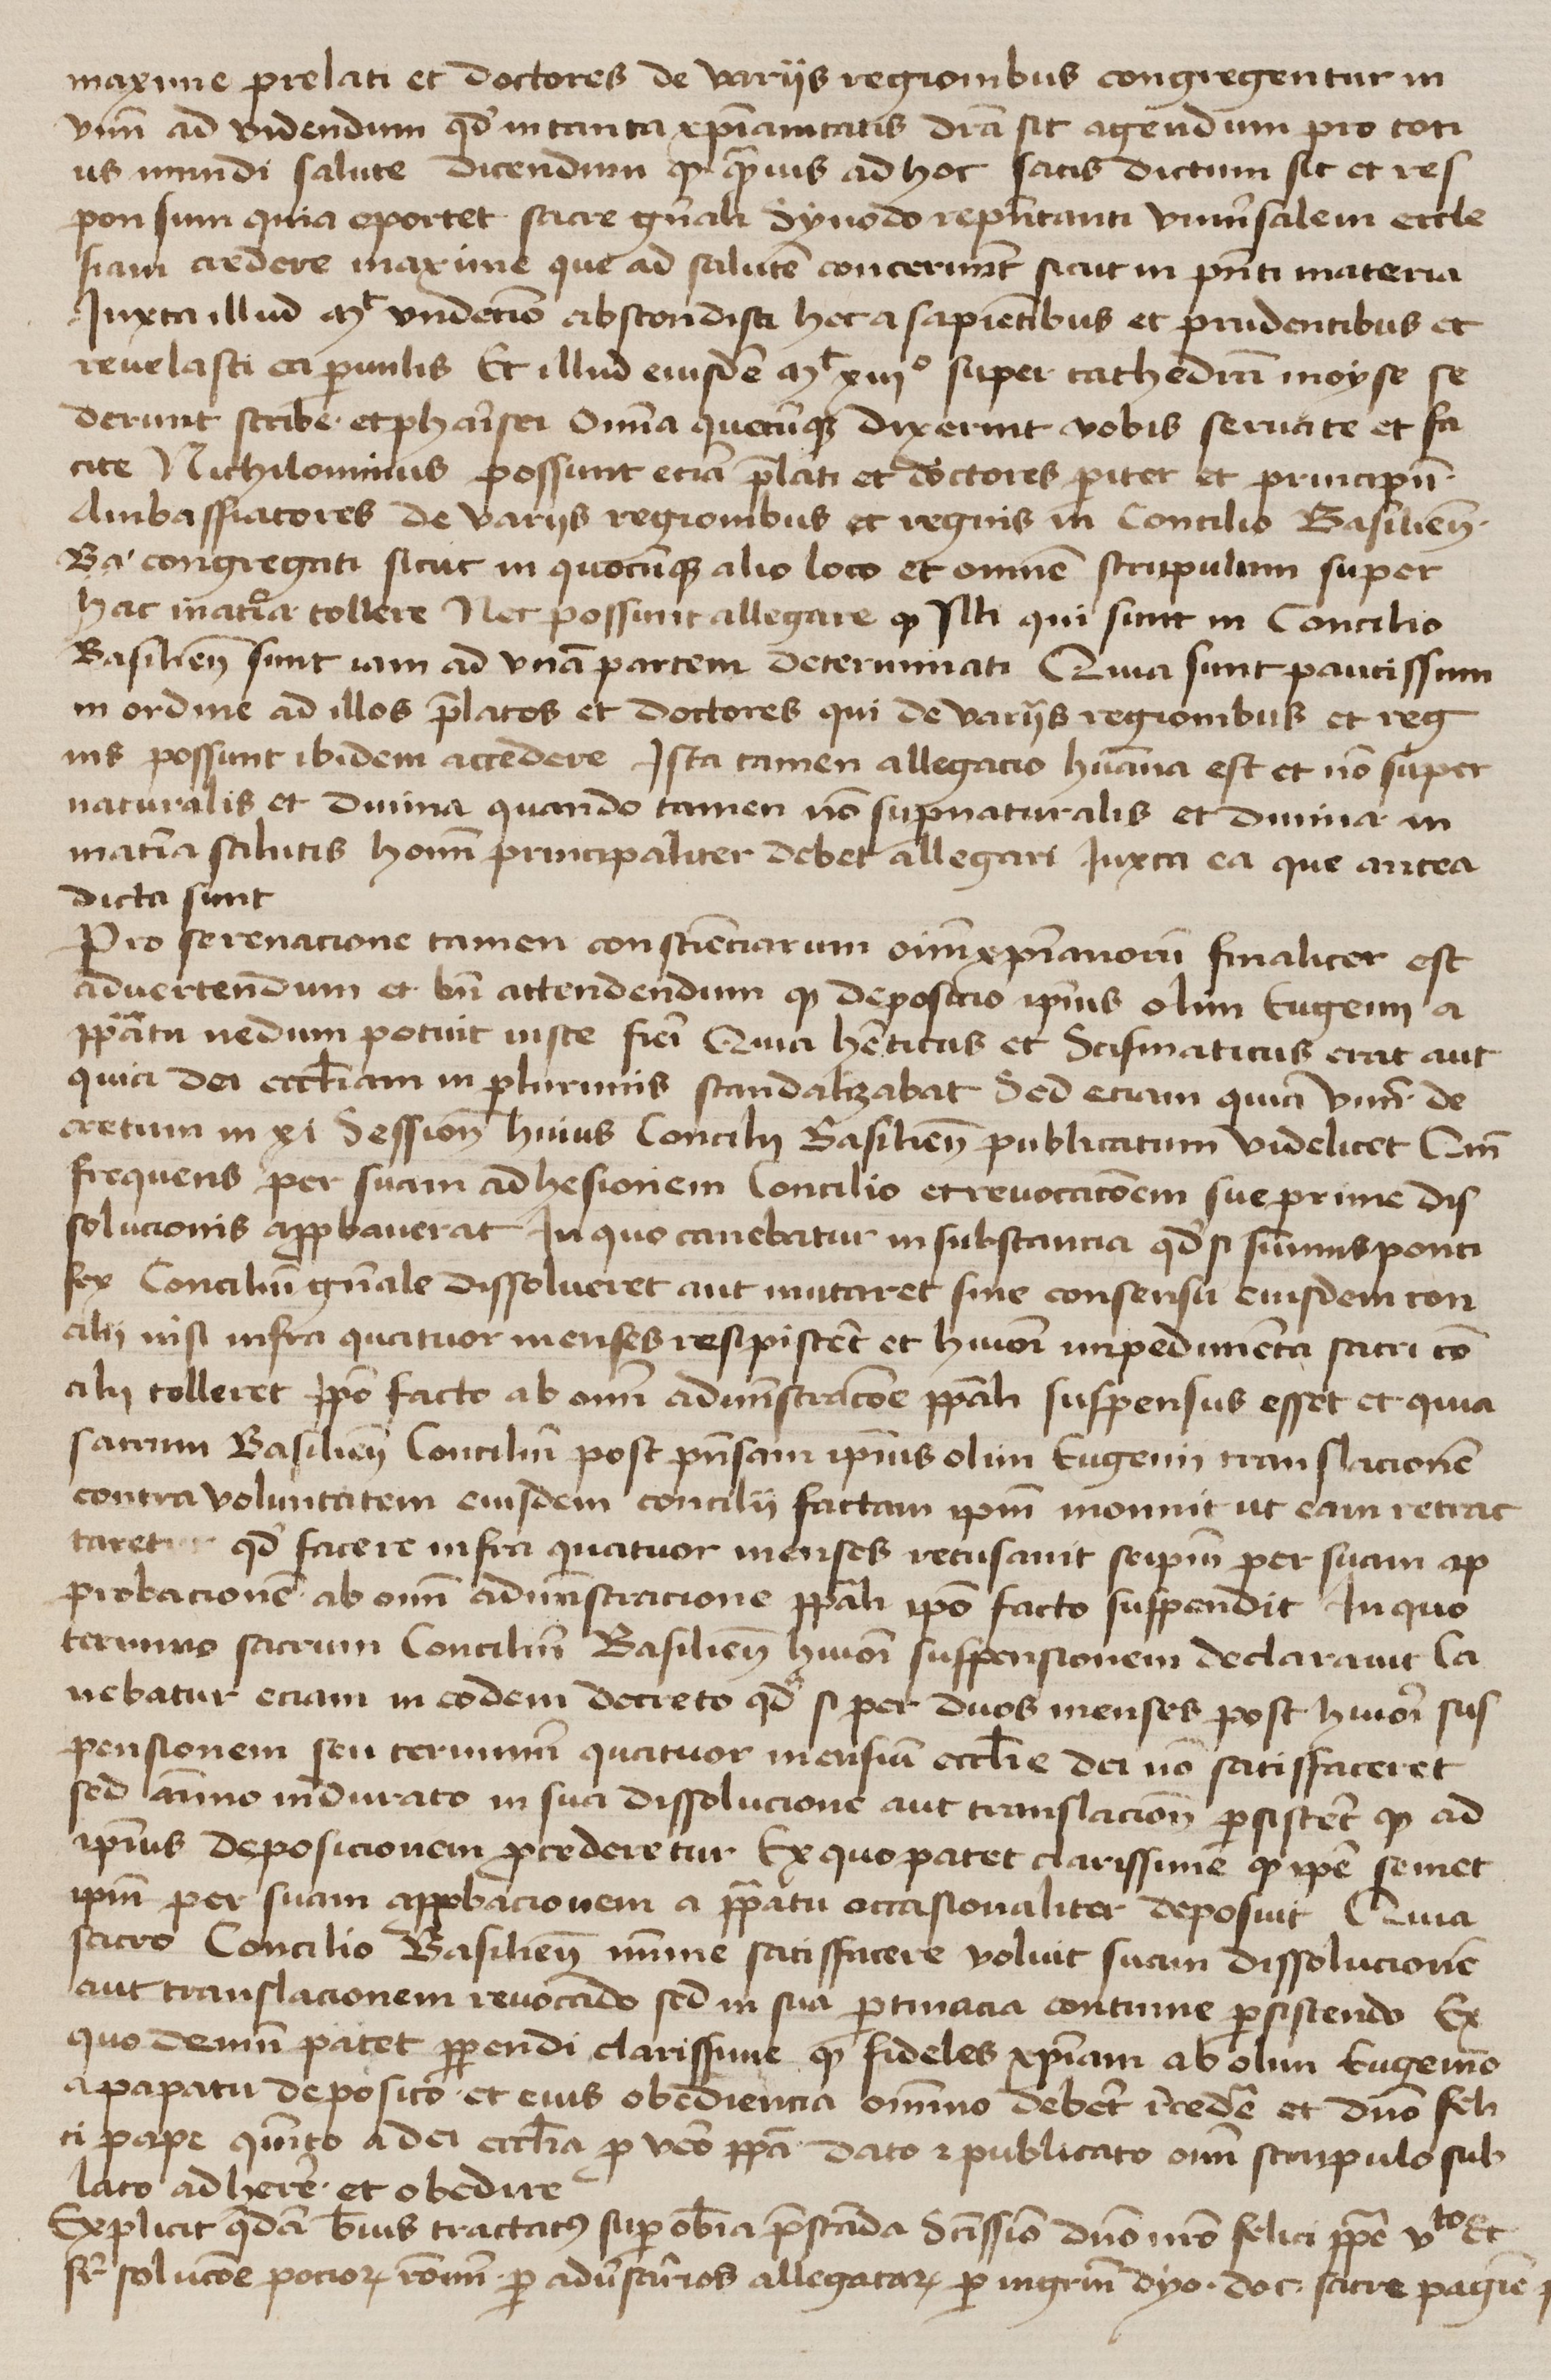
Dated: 1425–1449